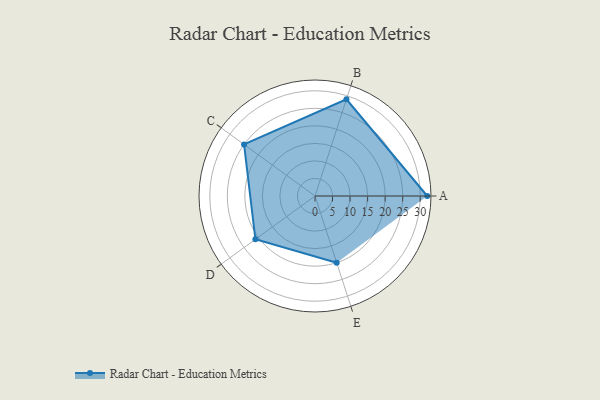
{"axis": {"x": "Skill", "y": "Score"}, "legend": ["Profile"], "data": [{"x": "A", "y": 32.0, "type": "Profile"}, {"x": "B", "y": 29.0, "type": "Profile"}, {"x": "C", "y": 25.0, "type": "Profile"}, {"x": "D", "y": 21.0, "type": "Profile"}, {"x": "E", "y": 20, "type": "Profile"}]}